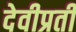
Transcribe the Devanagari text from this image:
देवीप्रती